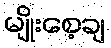
မျိုးစေ့ချ